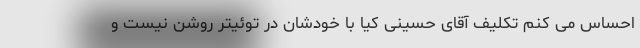
احساس می کنم تکلیف آقای حسینی کیا با خودشان در توئیتر روشن نیست و